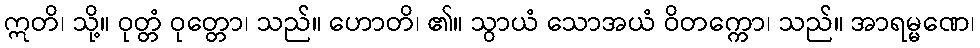
ဣတိ၊ သို့။ ဝုတ္တံ ဝုတ္တော၊ သည်။ ဟောတိ၊ ၏။ သွာယံ သောအယံ ဝိတက္ကော၊ သည်။ အာရမ္မဏေ၊